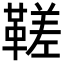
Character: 𩌢